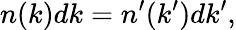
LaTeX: n(k)dk=n^{\prime}(k^{\prime})dk^{\prime},